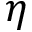
\eta